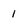
Character: 1